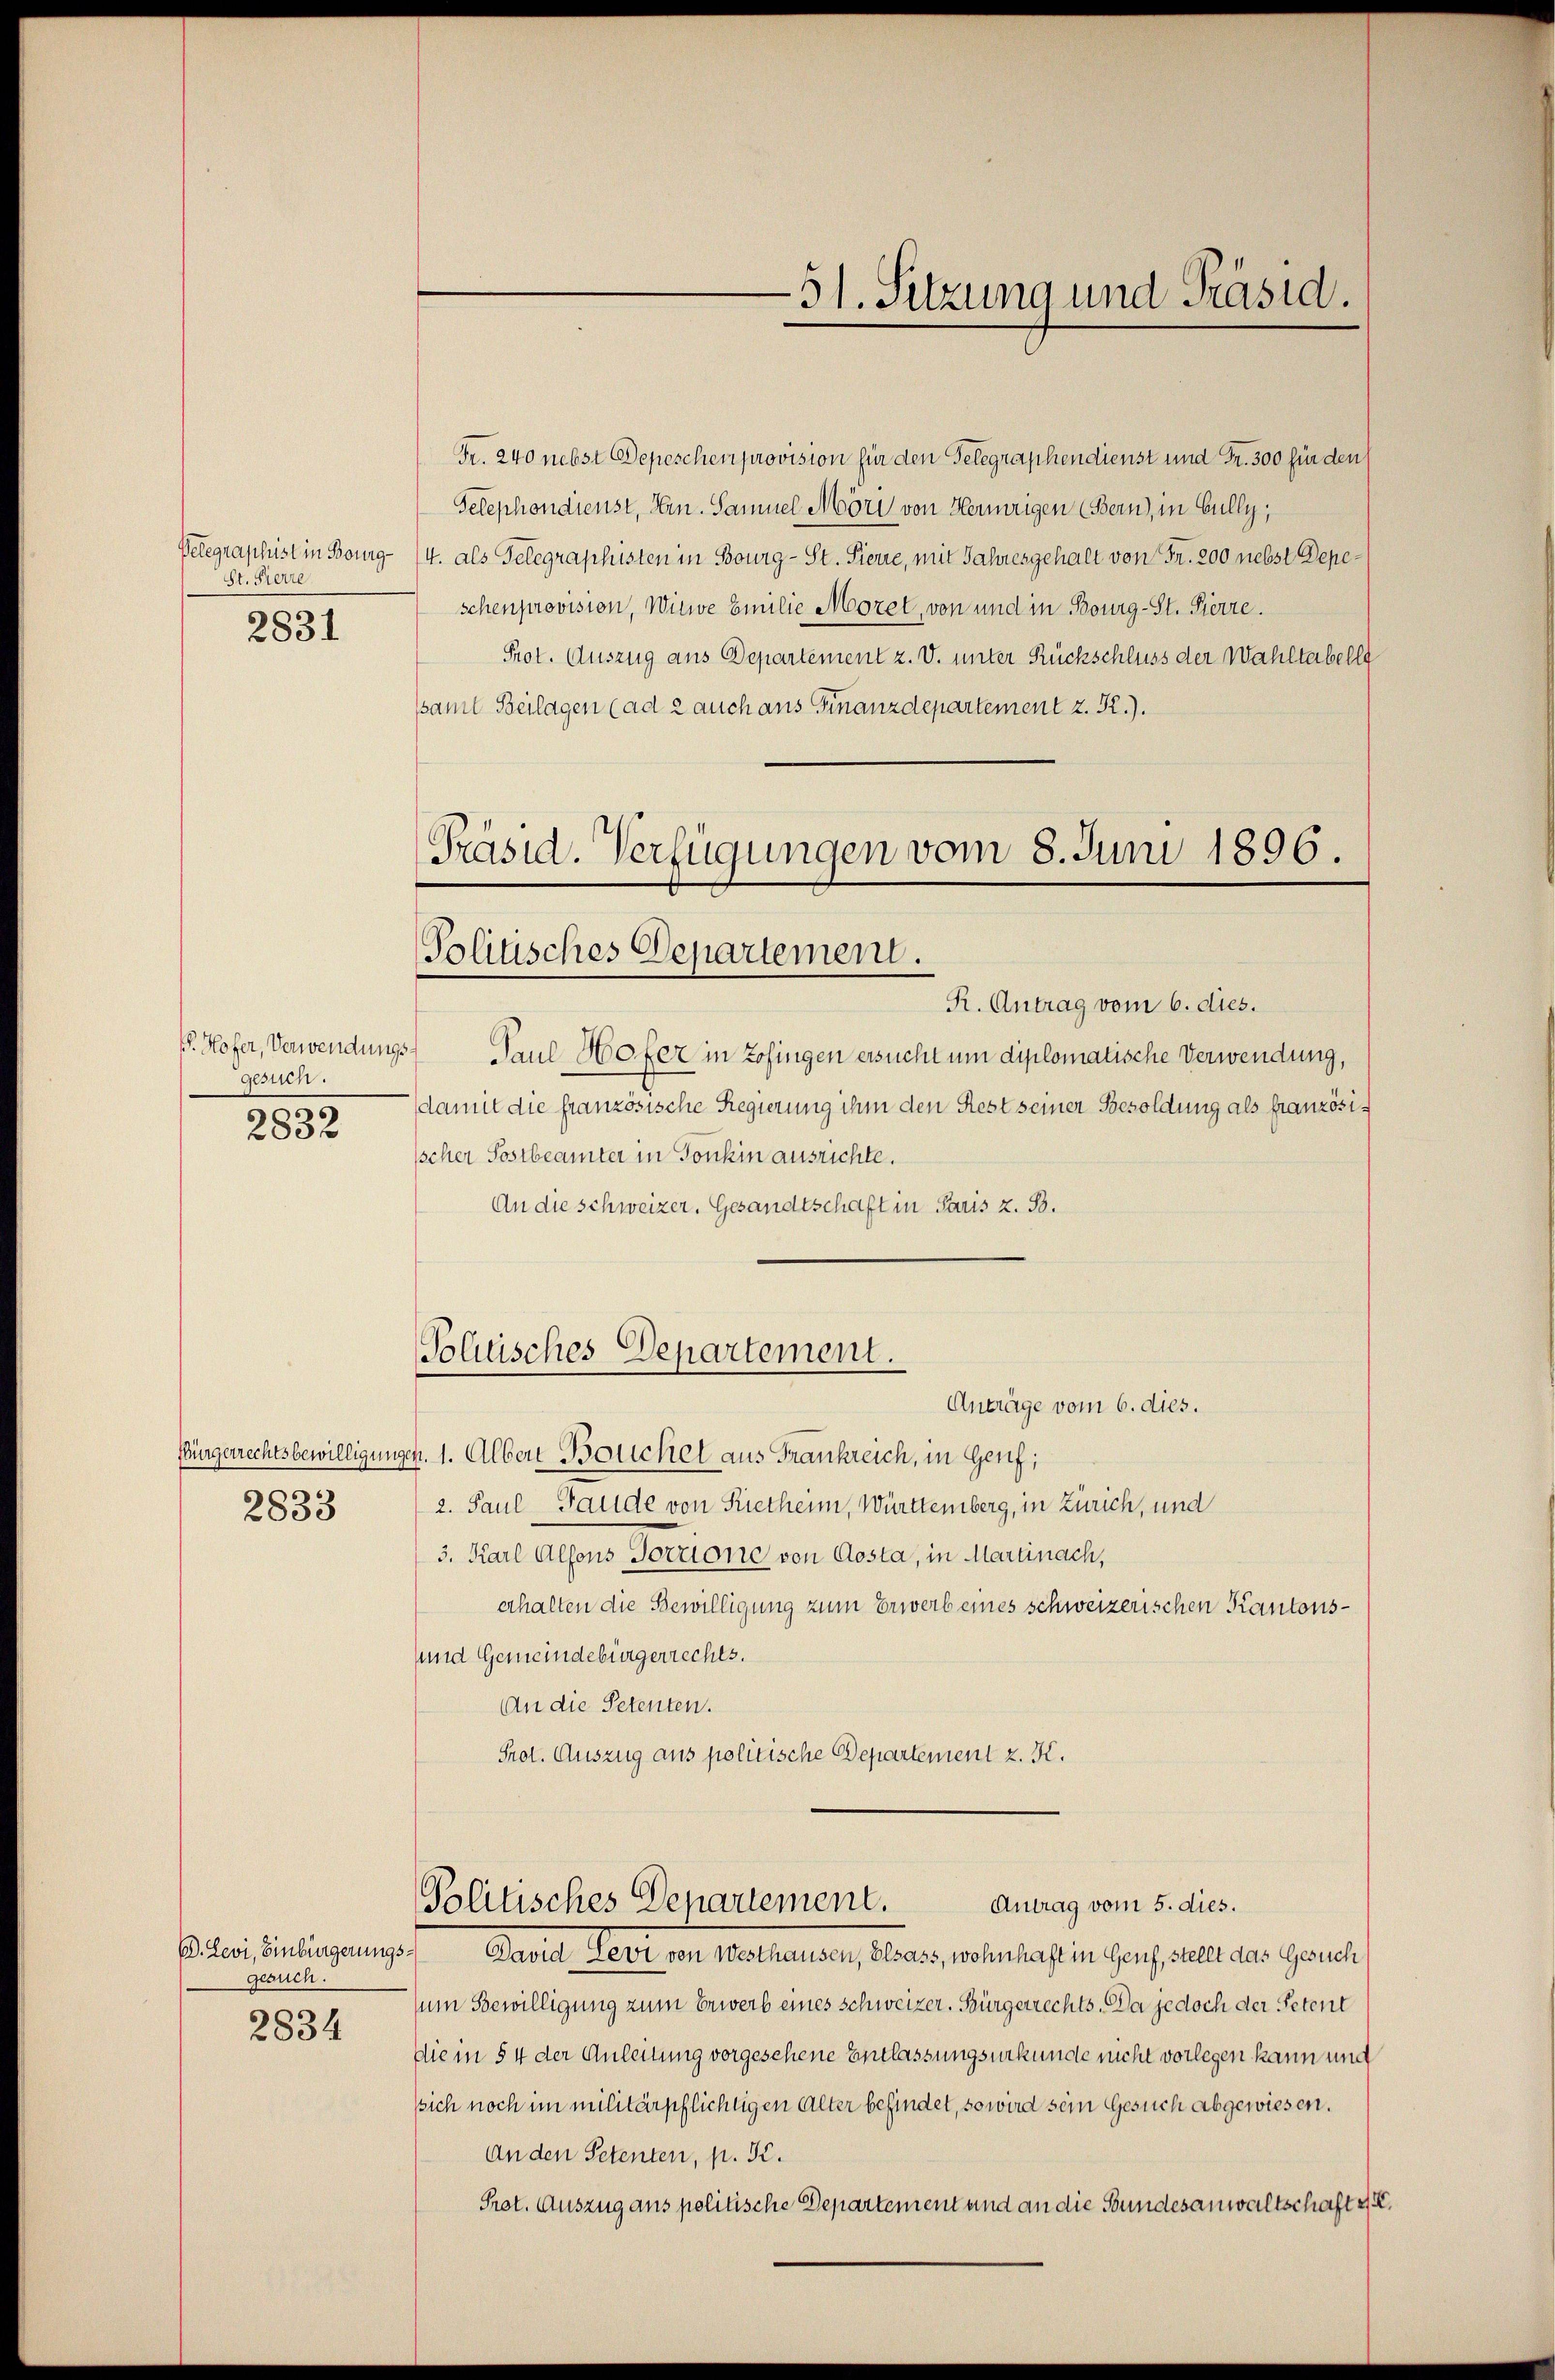
Pelegraphist in Bourg¬
St. Pierre
2831

gesuch.
2832

2833

D. Levi, Einbürgerungs
gesuch.
2834

Fr. 240 nebst Depeschen provision für den Gelegraphen dienst und Fr. 300 für den
Telephondienst, Hrn. Samuel Möri von Herrigen (Bern, in Gully,
4. als Gelegraphisten in Bourg - St. Pierre, mit Jahresgehalt von Fr. 200 nebst Depeschenprovision, Witwe Emilie Morel, von und in Bourg-St. Pierre.
Prot. Auszug aus Departement z. V. unter Rückschluss der Wahltabell
ssamt Beilagen (ad 2 auch ans Finanzdepartement z. R.).

Präsid. Verfügungen vom 8. Juni 1896.
Politisches Departement.

Politisches Departement.

Politisches Departement.

51. Sitzung und Präsid.

R. Antrag vom 6. dies.
. Hofer, Verwendungs Paul Hofer in Zofingen ersucht um diplomatische Verwendung,
damit die französische Regierung ihm den Rest seiner Besoldung als französiischer Sostbeamter in Tonkin ausrichte.
An die schweizer. Gesandtschaft in Paris z. B.

Anträge vom 6. dies.
Bürgerrechtsbewilligungen. 1. Albert Bolichel aus Frankreich, in Genf;
2. Paul Gaude von Pietheim, Württemberg, in Zürich, und
3. Karl Alfons Torzione von Aosta, in Martinach,
erhalten die Bewilligung zum Erwerb eines schweizerischen Kantons¬
und Gemeindebürgerrechts.
An die Petenten.
Prot. Auszug aus politische Departement z. K.

Antrag vom 5. dies.
David Levi von Westhausen, Elsass, wohnhaft in Genf, stellt das Gesuch
sum Bewilligung zum Erwerb eines Schweizer. Bürgerrechts. Da jedoch der Petent
Die in § 4 der Anleitung vorgesehene Entlassungsurkunde nicht vorlegen kann und
ssich noch im militärpflichtigen Alter befindet, so wird sein Gesuch abgewiesen.
An den Petenten, p. S.
Prot. Auszug aus politische Departement und an die Bundesanwaltschaft II.